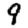
Digit: 9